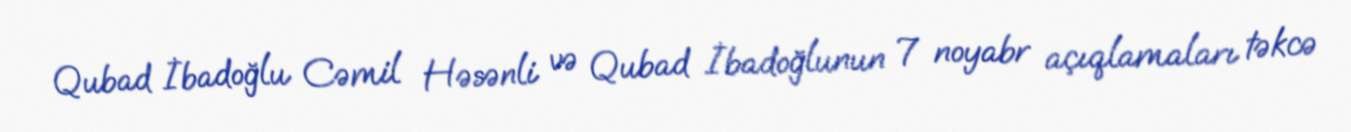
Qubad İbadoğlu Cəmil Həsənli və Qubad İbadoğlunun 7 noyabr açıqlamaları təkcə